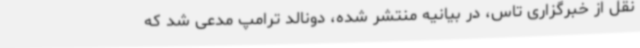
نقل از خبرگزاری تاس، در بیانیه منتشر شده، دونالد ترامپ مدعی شد که